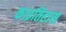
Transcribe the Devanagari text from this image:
काइतिहास